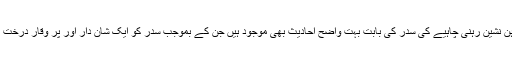
یہ بات بھی ذہن نشین رہنی چاہیے کی سدر کی بابت بہت واضح احادیث بھی موجود ہیں جن کے بموجب سدر کو ایک شان دار اور پُر وقار درخت بتا یا گیا ہے ۔